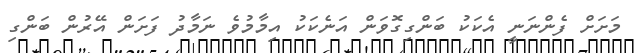
މަށަށް ފެންނަނީ އެކަކު ބަންގިގޮވަން އަނެކަކު އިމާމުވެ ނަމާދު ފަށަން އޭރުން ބަންގި